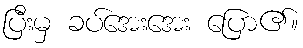
ပြီးမှ ခပ်အေးအေး ပြော၏။